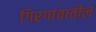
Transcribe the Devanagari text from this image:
गिरगांवातील